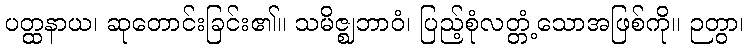
ပတ္ထနာယ၊ ဆုတောင်းခြင်း၏။ သမိဇ္ဈဘာဝံ၊ ပြည့်စုံလတ္တံ့သောအဖြစ်ကို။ ဉတွာ၊